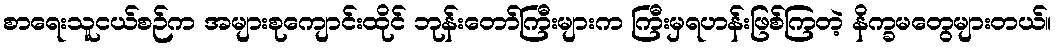
စာရေးသူငယ်စဉ်က အများစုကျောင်းထိုင် ဘုန်းတော်ကြီးများက ကြီးမှရဟန်းဖြစ်ကြတဲ့ နိက္ခမတွေများတယ်။